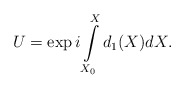
\begin{align*}U=\exp{i \int\limits_{X_0}^{X} d_1(X)dX}. \end{align*}